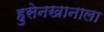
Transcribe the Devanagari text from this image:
हुसेनखानाला